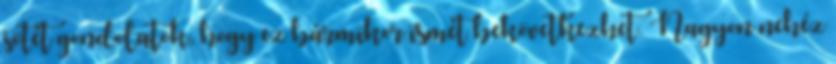
sötét gondolatok, hogy ez bármikor ismét bekövetkezhet. Nagyon nehéz